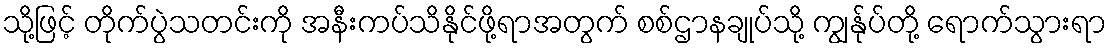
သို့ဖြင့် တိုက်ပွဲသတင်းကို အနီးကပ်သိနိုင်ဖို့ရာအတွက် စစ်ဌာနချုပ်သို့ ကျွန်ုပ်တို့ ရောက်သွားရာ